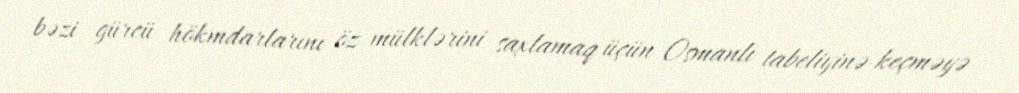
bəzi gürcü hökmdarlarını öz mülklərini saxlamaq üçün Osmanlı tabeliyinə keçməyə